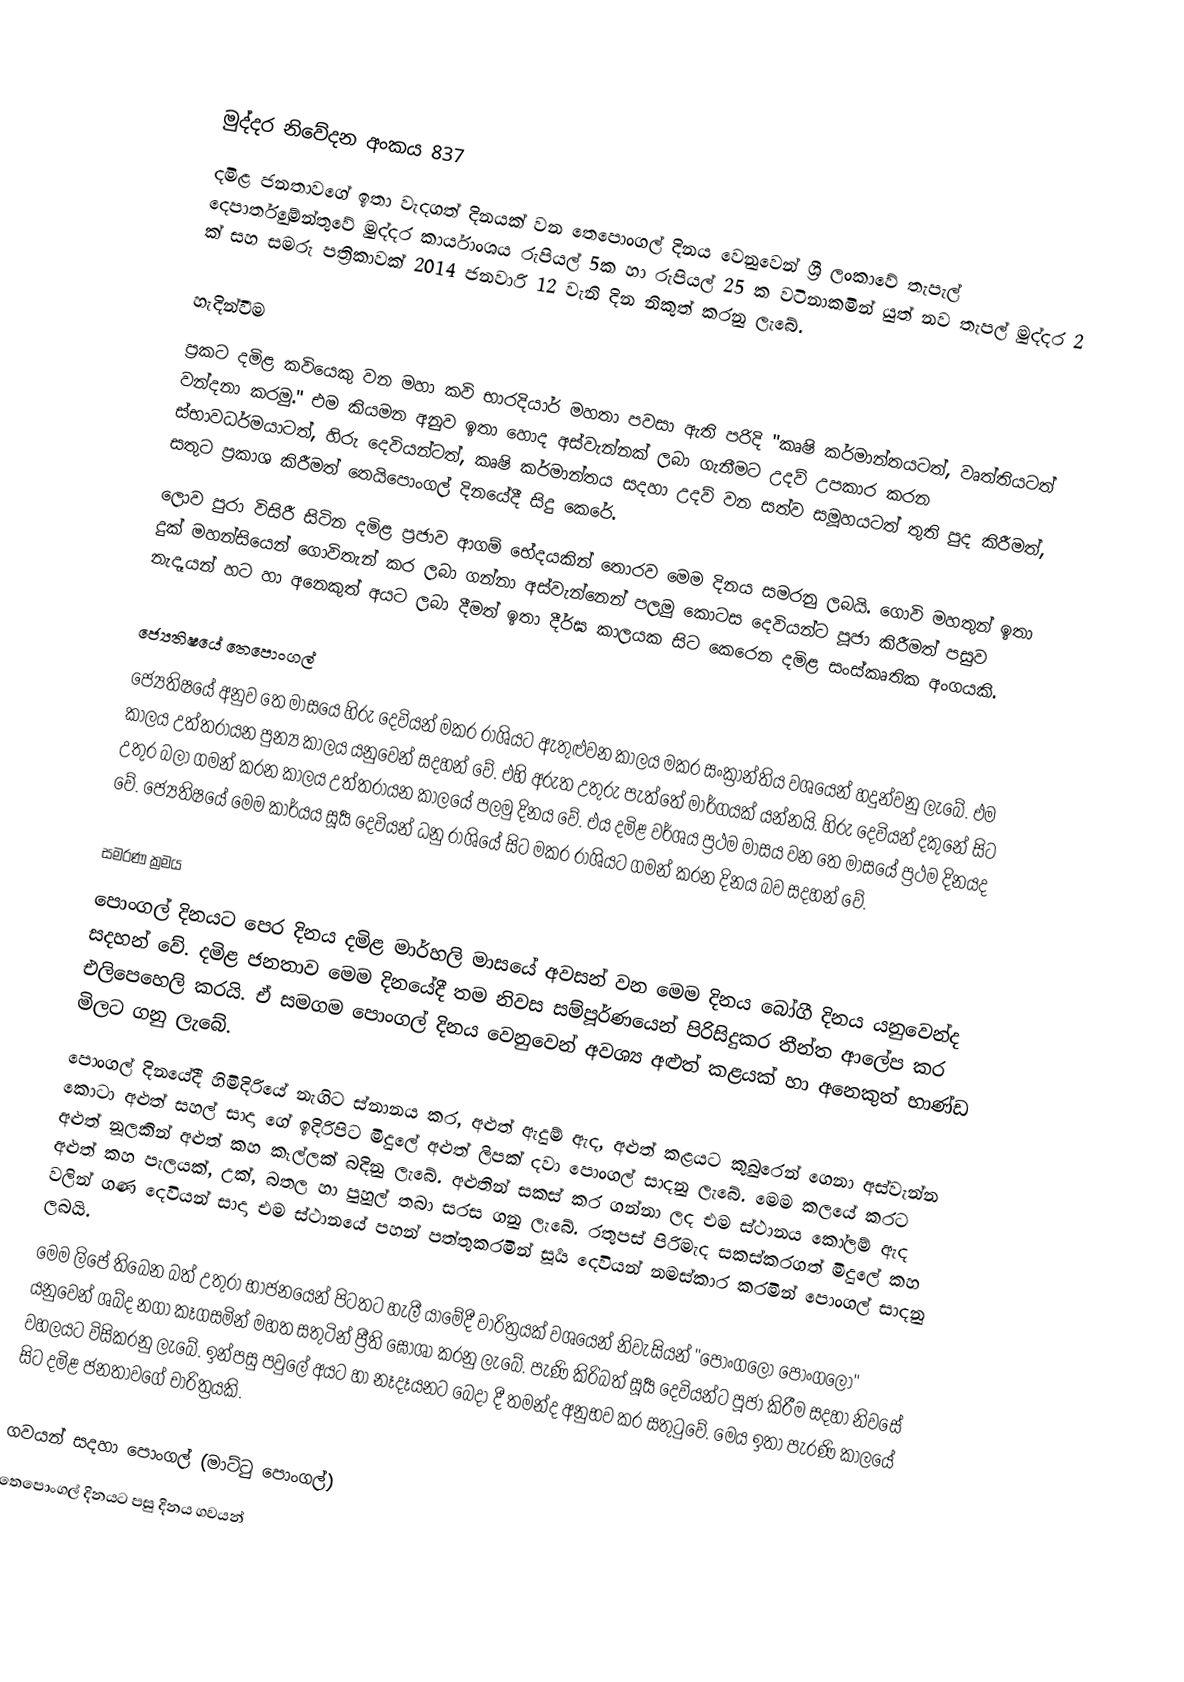

මුද්දර නිවේදන අංකය 837
දමිළ ජනතාවගේ ඉතා වැදගත් දිනයක් වන තෙපොංගල් දිනය වෙනුවෙන් ශ්‍රී ලංකාවේ තැපැල් දෙපාර්තුමේන්තුවේ මුද්දර කාර්යාංශය රුපියල් 5ක හා රුපියල් 25 ක වටිනාකමින් යුත් නව තැපල් මුද්දර 2 ක් සහ සමරු පත්‍රිකාවක් 2014 ජනවාරි 12 වැනි දින නිකුත් කරනු ලැබේ.

හැදින්වීම
ප්‍රකට දමිළ කවියෙකු වන මහා කවි භාරදියාර් මහතා පවසා ඇති පරිදි "කෘෂි කර්මාන්තයටත්, වෘත්තියටත් වන්දනා කරමු." එම කියමන අනුව ඉතා හොද අස්වැන්නක් ලබා ගැනීමට උදව් උපකාර කරන ස්භාවධර්මයාටත්, හිරු දෙවියන්ටත්, කෘෂි කර්මාන්තය සදහා උදව් වන සත්ව සමූහයටත් තුති පුද කිරීමත්, සතුට ප්‍රකාශ කිරීමත් තෙයිපොංගල් දිනයේදී සිදු කෙරේ.
ලොව පුරා විසිරී සිටින දමිළ ප්‍රජාව ආගම් භේදයකින් තොරව මෙම දිනය සමරනු ලබයි. ගොවි මහතුන් ඉතා දුක් මහන්සියෙන් ගොවිතැන් කර ලබා ගන්නා අස්වැන්නෙන් පලමු කොටස දෙවියන්ට පූජා කිරීමත් පසුව නැදෑයන් හට හා අනෙකුත් අයට ලබා දීමත් ඉතා දීර්ඝ කාලයක සිට කෙරෙන දමිළ සංස්කෘතික අංගයකි.

ජ්‍යෙතිෂයේ තෙපොංගල්
ජ්‍යෙතිෂයේ අනුව තෙ මාසයෙ හිරු දෙවියන් මකර රාශියට ඇතුළුවන කාලය මකර සංක්‍රාන්තිය වශයෙන් හදුන්වනු ලැබේ. එම කාලය උත්තරායන පුන්‍ය කාලය යනුවෙන් සදහන් වේ. එහි අරුත උතුරු පැත්තේ මාර්ගයක් යන්නයි. හිරු දෙවියන් දකුනේ සිට උතුර බලා ගමන් කරන කාලය උත්තරායන කාලයේ පලමු දිනය වේ. එය දමිළ වර්ශය ප්‍රථම මාසය වන තෙ මාසයේ ප්‍රථම දිනයද වේ. ජ්‍යෙතිෂයේ මෙම කාර්යය සූර්‍ය දෙවියන් ධනු රාශියේ සිට මකර රාශියට ගමන් කරන දිනය බව සදහන් වේ.

සමරණ ක්‍රමය
පොංගල් දිනයට පෙර දිනය දමිළ මාර්හලි මාසයේ අවසන් වන මෙම දිනය බෝගී දිනය යනුවෙන්ද සදහන් වේ. දමිළ ජනතාව මෙම දිනයේදී තම නිවස සම්පූර්ණයෙන් පිරිසිදුකර තීන්ත ආලේප කර එලිපෙහෙලි කරයි. ඒ සමගම පොංගල් දිනය වෙනුවෙන් අවශ්‍ය අළුත් කළයක් හා අනෙකුත් භාණ්ඩ මිලට ගනු ලැබේ.
පොංගල් දිනයේදී හිමිදිරියේ නැගිට ස්නානය කර, අළුත් ඇදුම් ඇද, අළුත් කළයට කුබුරෙන් ගෙනා අස්වැන්න කොටා අළුත් සහල් සාදා ගේ ඉදිරිපිට මිදුලේ අළුත් ලිපක් දවා පොංගල් සාදනු ලැබේ. මෙම කලයේ කරට  අළුත් නූලකින් අළුත් කහ කෑල්ලක් බදිනු ලැබේ. අළුතින් සකස් කර ගන්නා ලද එම ස්ථානය කෝලම් ඇද අළුත් කහ පැලයක්, උක්, බතල හා පුහුල් තබා සරස ගනු ලැබේ. රතුපස් පිරිමැද සකස්කරගත් මිදුලේ කහ වලින් ගණ දෙවියන් සාදා එම ස්ථානයේ පහන් පත්තුකරමින් සූර්‍ය දෙවියන් නමස්කාර කරමින් පොංගල් සාදනු ලබයි.
මෙම ලිපේ තිබෙන බත් උතුරා භාජනයෙන් පිටතට හැලී යාමේදී චාරිත්‍රයක් වශයෙන් නිවැසියන් "පොංගලෝ පොංගලෝ" යනුවෙන් ශබ්ද නගා කෑගසමින් මහත සතුටින් ප්‍රීති ඝෝශා කරනු ලැබේ. පැණි කිරිබත් සූර්‍ය දෙවියන්ට පූජා කිරීම සදහා නිවසේ වහලයට විසිකරනු ලැබේ. ඉන්පසු පවුලේ අයට හා නෑදෑයනට බෙදා දී තමන්ද අනුභව කර සතුටුවේ. මෙය ඉතා පැරණි කාලයේ සිට දමිළ ජනතාවගේ චාරිත්‍රයකි.

ගවයන් සදහා පොංගල් (මාට්ටු පොංගල්)
තෙපොංගල් දිනයට පසු දිනය ගවයන්